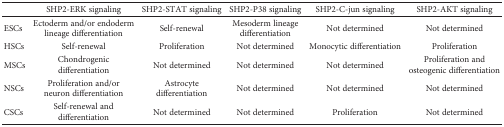
<table><thead><tr><td></td><td><b>SHP2-ERK signaling</b></td><td><b>SHP2-STAT signaling</b></td><td><b>SHP2-P38 signaling</b></td><td><b>SHP2-C-jun signaling</b></td><td><b>SHP2-AKT signaling</b></td></tr></thead><tbody><tr><td>ESCs</td><td>Ectoderm and/or endoderm lineage differentiation</td><td>Self-renewal</td><td>Mesoderm lineage differentiation</td><td>Not determined</td><td>Not determined</td></tr><tr><td>HSCs</td><td>Self-renewal</td><td>Proliferation</td><td>Not determined</td><td>Monocytic differentiation</td><td>Proliferation</td></tr><tr><td>MSCs</td><td>Chondrogenic differentiation</td><td>Not determined</td><td>Not determined</td><td>Not determined</td><td>Proliferation and osteogenic differentiation</td></tr><tr><td>NSCs</td><td>Proliferation and/or neuron differentiation</td><td>Astrocyte differentiation</td><td>Not determined</td><td>Not determined</td><td>Not determined</td></tr><tr><td>CSCs</td><td>Self-renewal and differentiation</td><td>Not determined</td><td>Not determined</td><td>Proliferation</td><td>Not determined</td></tr></tbody></table>